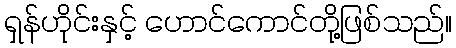
ရှန်ဟိုင်းနှင့် ဟောင်ကောင်တို့ဖြစ်သည်။